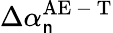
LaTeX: \Delta\alpha_{\mathsf{n}}^{\mathrm{{AE\mathrm{{~-~}}T}}}